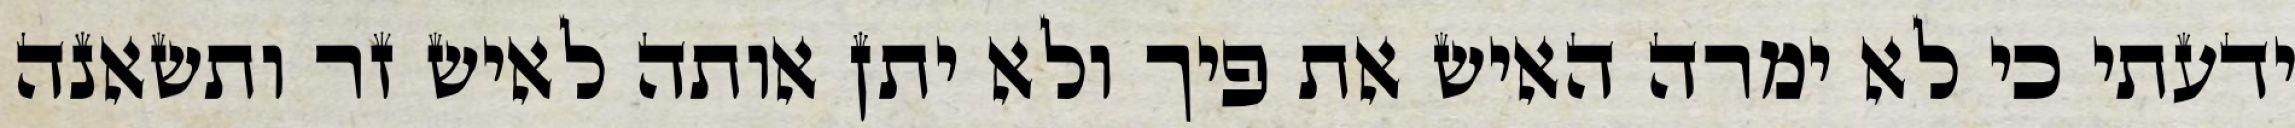
ידעתי כי לא ימרה האיש את פיך ולא יתן אותה לאיש זר ותשאנה